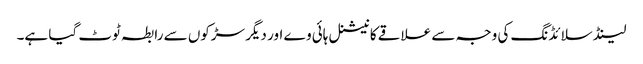
لینڈ سلائڈنگ کی وجہ سے علاقے کا نیشنل ہائی وے اور دیگر سڑکوں سے رابطہ ٹوٹ گیا ہے۔